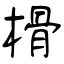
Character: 榾